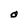
Character: O